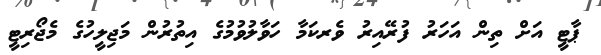
ޕާޓީ އަށް ތިން އަހަރު ފުރޭއިރު ވެރކަމާ ހަވާލުވުމުގެ އިތުރުން މަޖިލީހުގެ މެޖޯރިޓީ